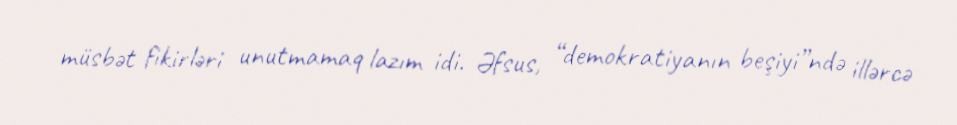
müsbət fikirləri unutmamaq lazım idi. Əfsus, “demokratiyanın beşiyi”ndə illərcə